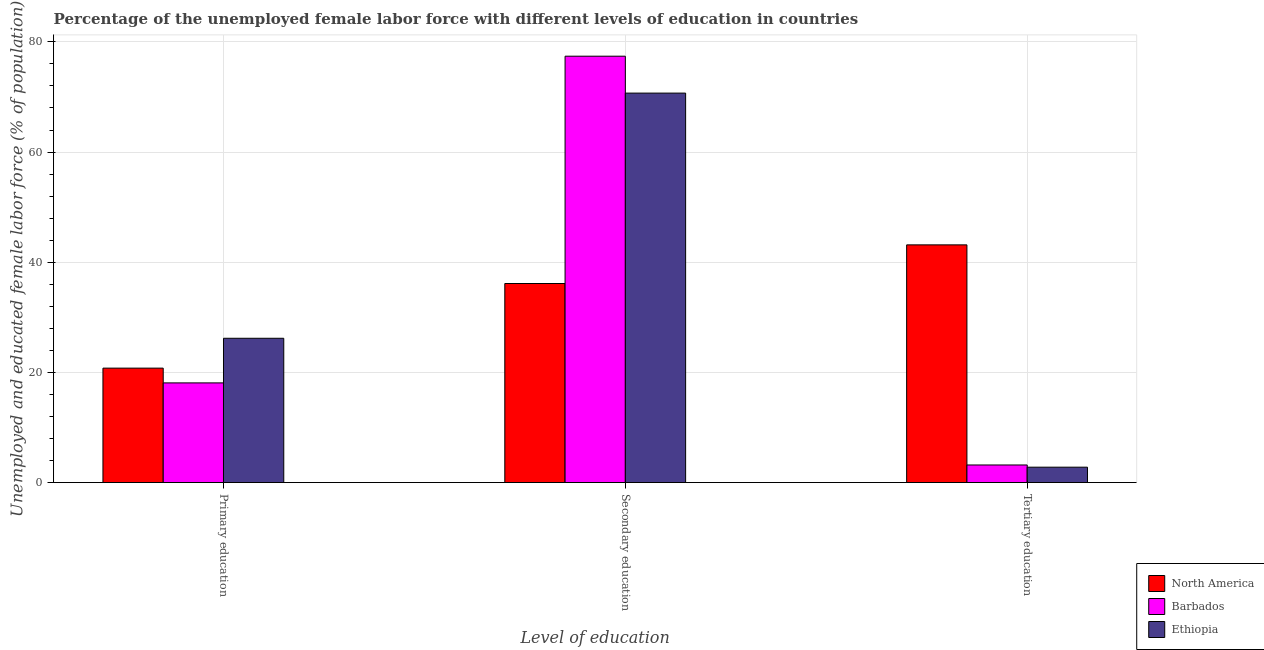
| Level of education | North America | Barbados | Ethiopia |
 | --- | --- | --- | --- |
 | Primary education | 20.8 | 18.1 | 26.2 |
 | Secondary education | 36.1 | 77.4 | 70.7 |
 | Tertiary education | 43.2 | 3.2 | 2.8 |